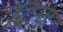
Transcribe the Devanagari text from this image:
दित्यः